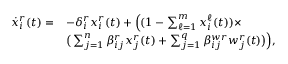
\begin{array} { r l } { \scriptsize \dot { x } _ { i } ^ { r } ( t ) = } & { - \delta _ { i } ^ { r } x _ { i } ^ { r } ( t ) + \Big ( ( 1 - \textstyle \sum _ { \ell = 1 } ^ { m } x _ { i } ^ { \ell } ( t ) ) \times } \\ & { \big ( \textstyle \sum _ { j = 1 } ^ { n } \beta _ { i j } ^ { r } x _ { j } ^ { r } ( t ) + \textstyle \sum _ { j = 1 } ^ { q } \beta _ { i j } ^ { w r } w _ { j } ^ { r } ( t ) \big ) \Big ) , } \end{array}